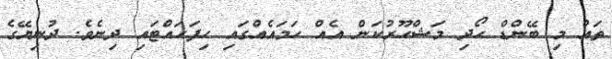
ތައް މި ބޭންޑް ހޯދި މަޝްހޫރުކަން އެއް ހަމައެއްގައި ހިފަހައްޓައި ދިނެވެ. ދުނިޔޭގެ